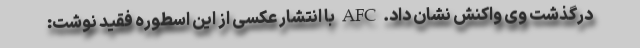
درگذشت وی واکنش نشان داد. AFC با انتشار عکسی از این اسطوره فقید نوشت: